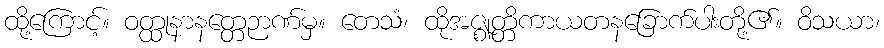
ထို့ကြောင့်။ ဝတ္ထုနာနတ္တေဉာဏ်မှ။ တေသံ၊ ထိုအဇ္ဈတ္တိကာယတနခြောက်ပါးတို့၏။ ဝိသယာ၊